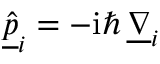
\underline { { \hat { p } } } _ { i } = - \mathrm { i } \hbar \, \underline { { \nabla } } _ { i }